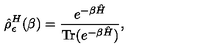
\hat { \rho } _ { \epsilon } ^ { H } ( \beta ) = { \frac { e ^ { - \beta \hat { H } } } { \mathrm { T r } ( e ^ { - \beta \hat { H } } ) } } ,